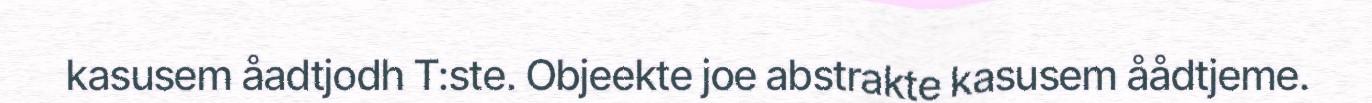
kasusem åadtjodh T:ste. Objeekte joe abstrakte kasusem åådtjeme.